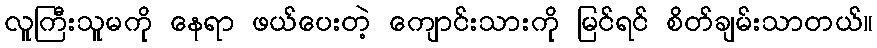
လူကြီးသူမကို နေရာ ဖယ်ပေးတဲ့ ကျောင်းသားကို မြင်ရင် စိတ်ချမ်းသာတယ်။